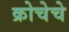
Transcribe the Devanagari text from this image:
क्रोचेचे